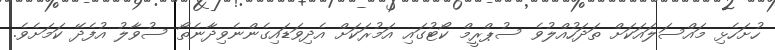
ހުށަހެޅި މައްސަލައަކަށް ތަދަހުއްލުވެ ސުޕްރީމް ކޯޓުގައި އަމުރަކަށް އެދިވަޑައިގެންނެވިދާނެތޯ ސުވާލު އުފެދޭ ކަމަށެވެ.